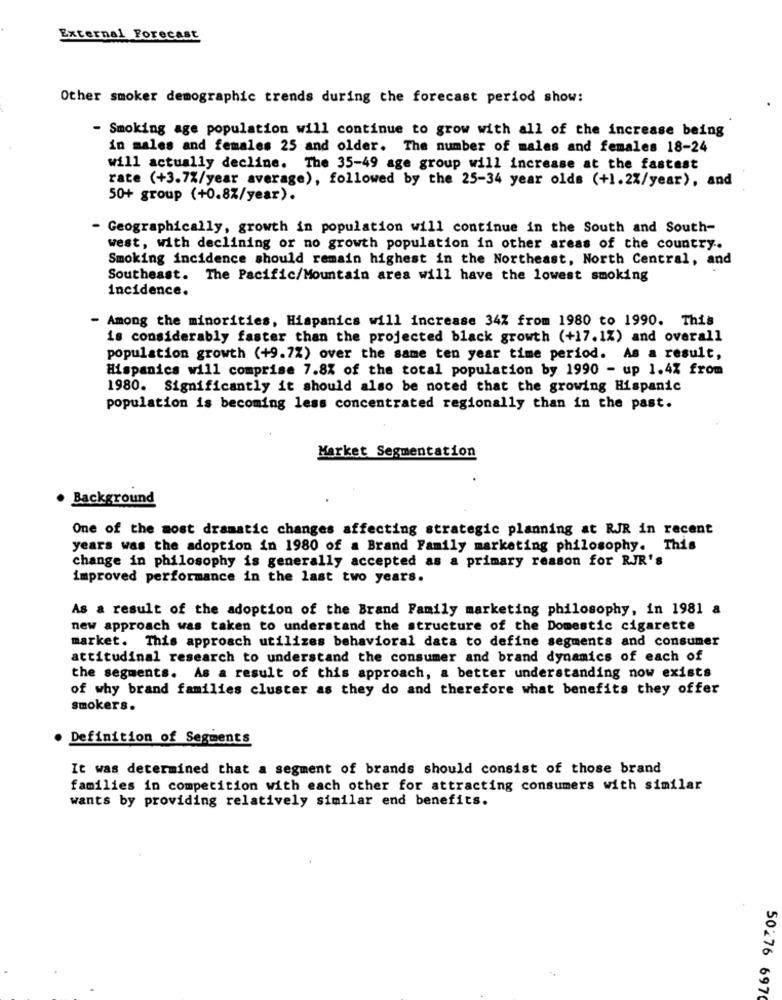
External Forecast
Other smoker demographic trends during the forecast period show:
- Smoking age population will continue to grow with all of the increase being
in males and females 25 and older. The number of males and females 18-24
will actually decline. The 35-49 age group will increase at the fastest
rate (+3.7%/year average), followed by the 25-34 year olds (+1.2%/year), and
50+ group (+0.8%/year).
- Geographically, growth in population will continue in the South and South-
west, with declining or no growth population in other areas of the country.
Smoking incidence should remain highest in the Northeast, North Central, and
Southeast. The Pacific/Mountain area will have the lowest smoking
incidence.
- Among the minorities, Hispanics will increase 34% from 1980 to 1990. This
is considerably faster than the projected black growth (+17.1%) and overall
population growth (+9.72) over the same ten year time period. As a result,
Hispanics will comprise 7.8% of the total population by 1990 - up 1.4% from
1980. Significantly it should also be noted that the growing Hispanic
population is becoming less concentrated regionally than in the past.
Market Segmentation
. Background
One of the most dramatic changes affecting strategic planning at RJR in recent
years was the adoption in 1980 of a Brand Family marketing philosophy. This
change in philosophy is generally accepted as a primary reason for RJR's
improved performance in the last two years.
As a result of the adoption of the Brand Family marketing philosophy, in 1981 a
new approach was taken to understand the structure of the Domestic cigarette
market. This approach utilizes behavioral data to define segments and consumer
attitudinal research to understand the consumer and brand dynamics of each of
the segments. As a result of this approach, a better understanding now exists
of why brand families cluster as they do and therefore what benefits they offer
smokers.
Definition of Segments
It was determined that a segment of brands should consist of those brand
families in competition with each other for attracting consumers with similar
wants by providing relatively similar end benefits.
50276 697